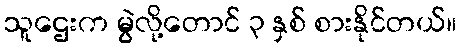
သူဌေးက မွဲလို့တောင် ၃ နှစ် စားနိုင်တယ်။